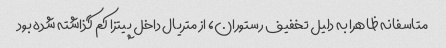
متاسفانه ظاهرا به دلیل تخفیف رستوران، از متریال داخل پیتزا کم گذاشته شده بود